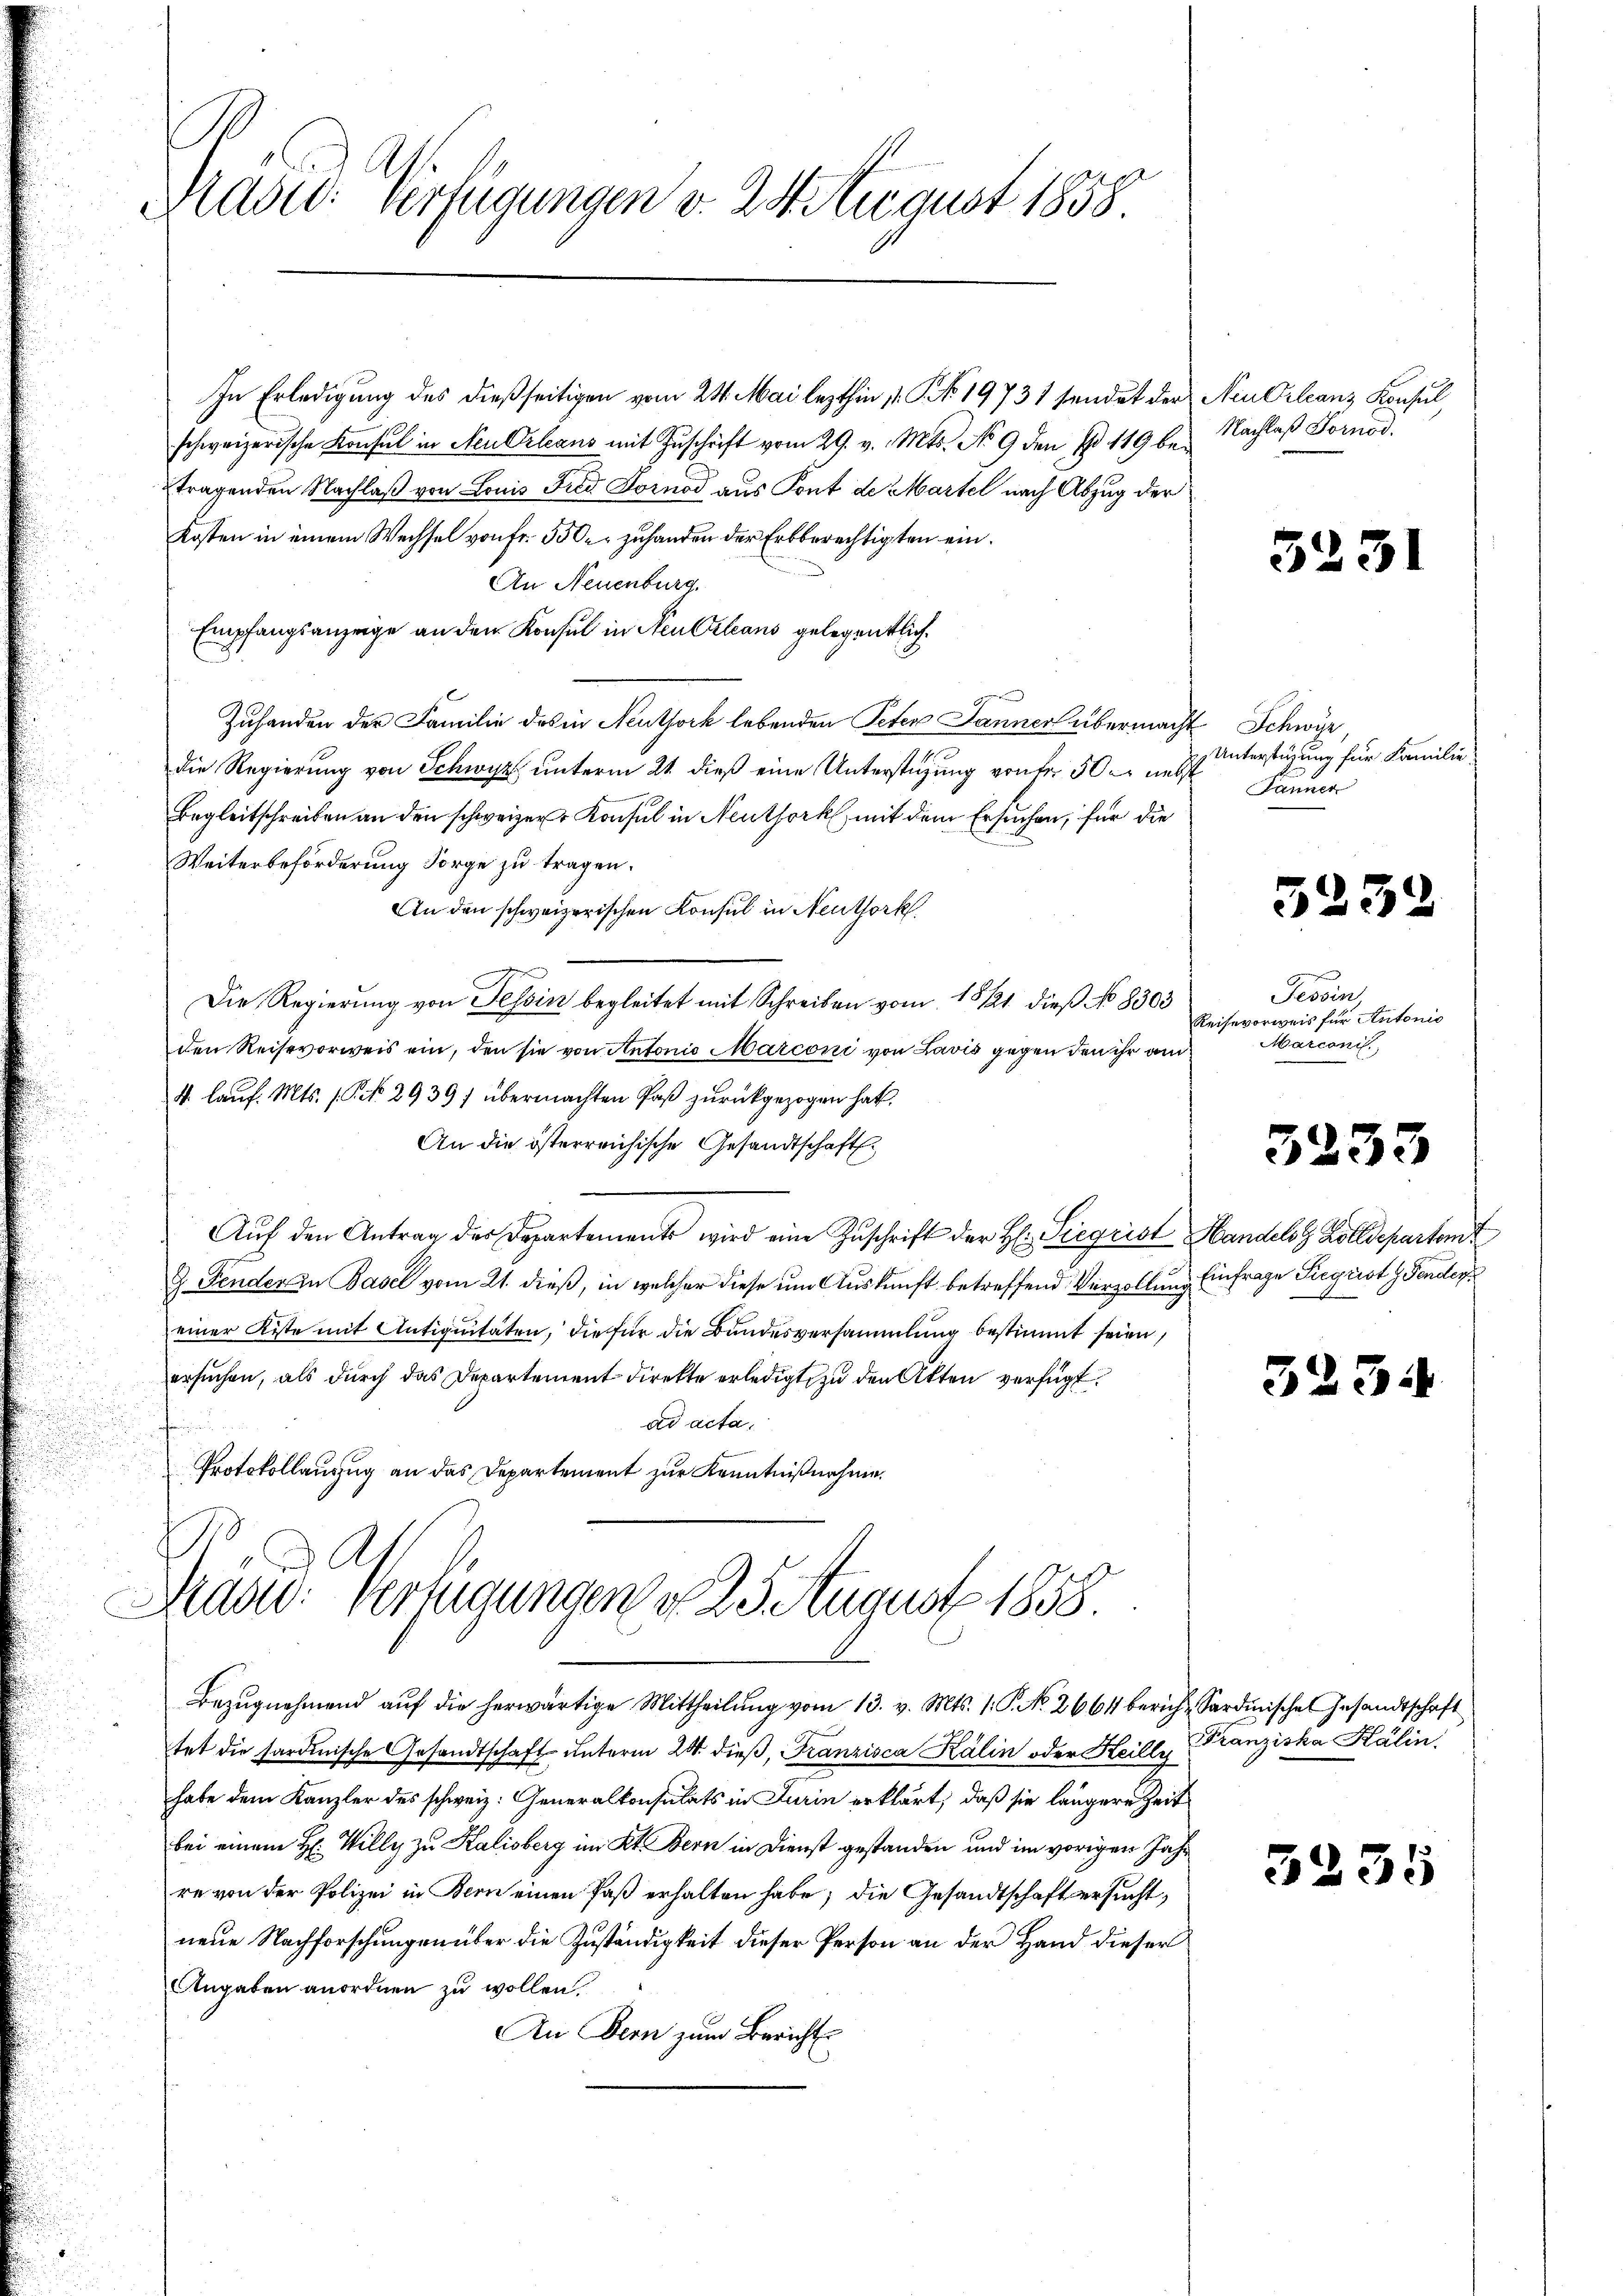
Prades Verfügungen v. 24. August 1838.

schweizerische Konsul in Neu Orleans mit Zuschrift vom 29. v. Mts. No 9 den No 119 beztragenden Nachlaß von Louis Fied Fornod aus Kont de Martel nach Abzug der
Kosten in einem Wechsel von Fr. 550 zuhanden der Erbberechtigten ein.
An Neuenburg.
Empfangsanzeige an den Konsul in Neu Orleans gelegentlich
Zuhanden der Familie des in Neuthork lebenden Peten Jannerl übermacht Schwyz,
die Regierung von Schwyz unterm 21. dieß eine Unterstüzung von der 50 er nebst
Begleitschreiben an den schweizer Konsul in Neuthork, mit dem Ersuchen, für die
Weiterbeförderung Sorge zu tragen.
An den schweizerischen Konsul in Neuthork
Die Regierung von Tessin begleitet mit Schreiben vom 1811. dieß No 8303
den Reisevorweis ein, den sie von Antonio Marconi von Lavis gegen den ihr an¬
4 lauf. Mts. (PNNo. 2939) übermachten Paß zurückgezogen hat.
An die österreichische Gesandtschaft.
Aŭf den Antrag der Departements wird eine Zŭschrift der H: Siegeist Handelst Zolldepartamt
9. Fender zu Basel vom 21. dieß, in welcher diese um Auskunft betreffend Verzollung Einfrage Sigrist Penden
einer Kiste mit Antiquitäten, die für die Bundesversammlung bestimmt seien,
ersuchen, als durch das Departement direkte erledigt, zu den Akten verfügt:
.
ad acta,
Protokollanzug an das Departement zur Kenntnißnahme.

As
Mad: Verfügungen v. 25. August 1858.

In Erledigung des dießseitigen vom 24. Mai lezthin 11. P. No. 19731 sendet der Neu Orleans Konsul

Bezŭgnehmend aŭf die herwärtige Mittheilŭng vom 13. v. Mts. 1. P. No. 2664 bericht Sardinische Gesandtschaft
tet die sardinische Gesandtschaft unterm 20. dieβ, Franzisca Kälin oder Heilly
habe dem Kanzler des schweiz. Generalkonsulats in Lurin erklärt, daß sie längere Zeit
bei einem H: Willy zu Kalisberg im Kt. Bern in Dienst gestanden und im vorigen Jahr
re von der Polizei in Bern einen Paß erhalten habe; die Gesandtschaft ersucht,
neue Nachforschungen über die Zuständigkeit dieser Person an der Hand dieser
Angaben anordnen zu wollen.
An Bern zum Bericht

Nachlaß Tornod.

5231

Unterstüzung für Familie
Jänner

5232

Tessin
Reisevorweis für Antonis
Marconis

5233

325.

Franziska Kälin.

5235